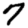
Digit: 7